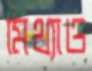
মিথ্যাও